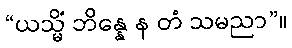
“ယသ္မိံ ဘိန္နေ န တံ သမညာ”။